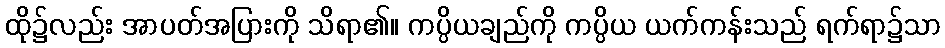
ထို၌လည်း အာပတ်အပြားကို သိရာ၏။ ကပ္ပိယချည်ကို ကပ္ပိယ ယက်ကန်းသည် ရက်ရာ၌သာ